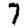
Digit: 7